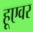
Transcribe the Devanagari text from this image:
हूएवर